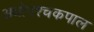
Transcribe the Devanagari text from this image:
अधोपश्चकपाल